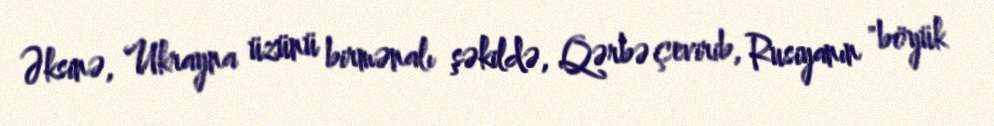
Əksinə, Ukrayna üzünü birmənalı şəkildə, Qərbə çevirib, Rusiyanın "böyük